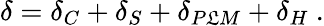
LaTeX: \delta=\delta_{C}+\delta_{S}+\delta_{P\mathfrak{L}M}+\delta_{H}\ .